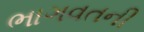
ભાગવતની